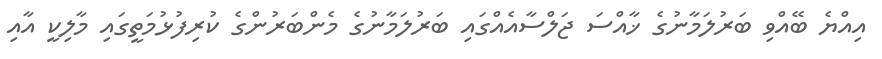
އިއްޔެ ބޭއްވި ބަރުލަމާނުގެ ޚާއްސަ ޖަލްސާއެއްގައި ބަރުލަމާނުގެ މެންބަރުންގެ ކުރިފުޅުމަތީގައި މާލިކީ އާއި